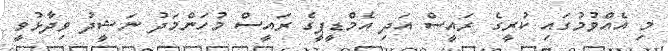
މި އެއްވުމުގައި ކުރީގެ ރައީސް އަދި އެމްޑީޕީގެ ރައީސް މުހަންމަދު ނަޝީދު ވިދާޅުވީ